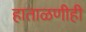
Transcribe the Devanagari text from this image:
हाताळणीही